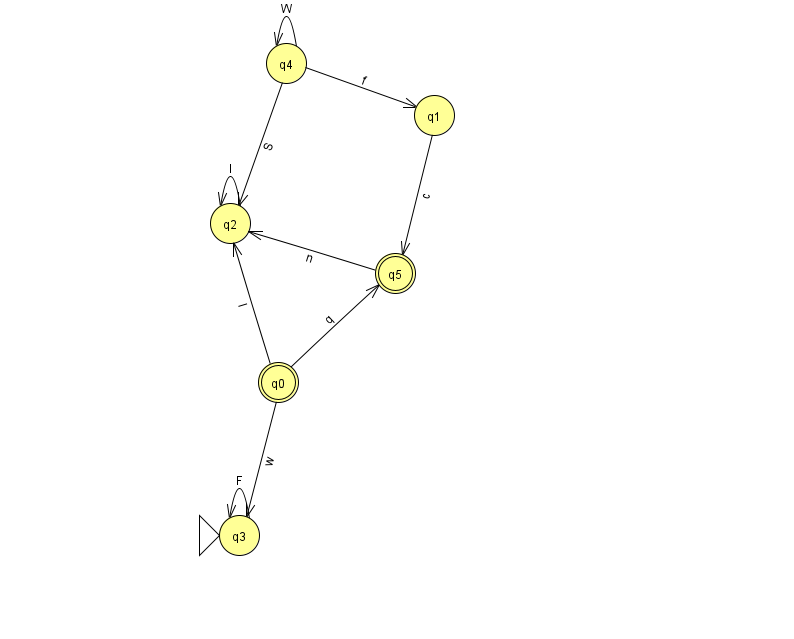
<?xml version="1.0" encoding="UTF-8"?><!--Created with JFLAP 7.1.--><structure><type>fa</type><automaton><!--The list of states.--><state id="0" name="q0"><x>278.0</x><y>369.0</y><final/></state><state id="1" name="q1"><x>434.0</x><y>102.0</y></state><state id="2" name="q2"><x>230.0</x><y>210.0</y></state><state id="3" name="q3"><x>239.0</x><y>522.0</y><initial/></state><state id="4" name="q4"><x>286.0</x><y>50.0</y></state><state id="5" name="q5"><x>395.0</x><y>260.0</y><final/></state><!--The list of transitions.--><transition><from>1</from><to>5</to><read>c</read></transition><transition><from>4</from><to>2</to><read>S</read></transition><transition><from>0</from><to>2</to><read>I</read></transition><transition><from>0</from><to>3</to><read>w</read></transition><transition><from>5</from><to>2</to><read>n</read></transition><transition><from>0</from><to>5</to><read>q</read></transition><transition><from>3</from><to>3</to><read>F</read></transition><transition><from>4</from><to>4</to><read>W</read></transition><transition><from>2</from><to>2</to><read>I</read></transition><transition><from>4</from><to>1</to><read>f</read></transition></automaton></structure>